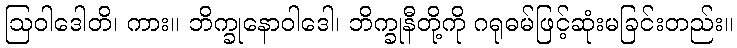
ဩဝါဒေါတိ၊ ကား။ ဘိက္ခုနောဝါဒေါ၊ ဘိက္ခုနီတို့ကို ဂရုဓမ်ဖြင့်ဆုံးမခြင်းတည်း။